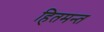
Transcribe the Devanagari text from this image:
हितमन्त